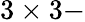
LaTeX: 3\times 3-